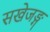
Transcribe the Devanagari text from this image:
सखेजङ्ग